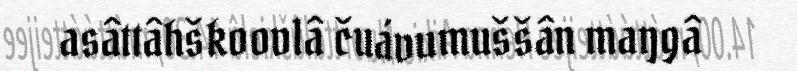
asâttâhškoovlâ čuávumuššân maŋgâ